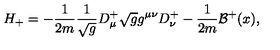
H _ { + } = - \frac { 1 } { 2 m } \frac { 1 } { \sqrt { g } } D _ { \mu } ^ { + } \sqrt { g } g ^ { \mu \nu } D _ { \nu } ^ { + } - \frac { 1 } { 2 m } { \mathcal { B } } ^ { + } ( x ) ,